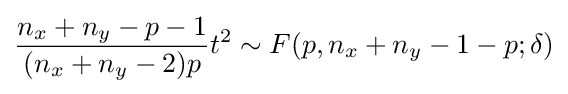
{\frac {n_{x}+n_{y}-p-1}{(n_{x}+n_{y}-2)p}}t^{2}\sim F(p,n_{x}+n_{y}-1-p;\delta )